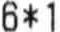
6*1